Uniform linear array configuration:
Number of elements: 4
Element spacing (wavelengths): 0.25
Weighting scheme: cosine
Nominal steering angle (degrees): -60
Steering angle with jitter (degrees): -59.013
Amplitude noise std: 0.05
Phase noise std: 0.05

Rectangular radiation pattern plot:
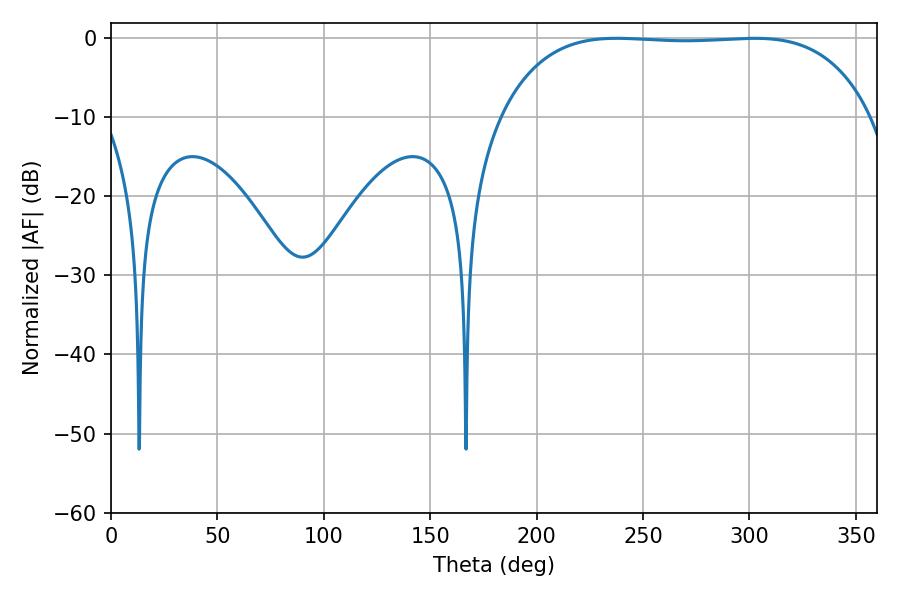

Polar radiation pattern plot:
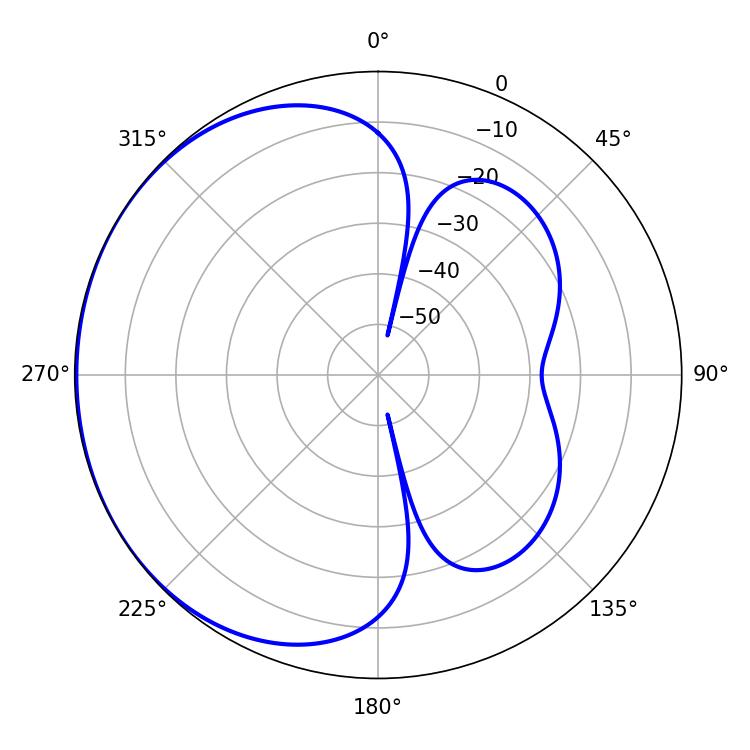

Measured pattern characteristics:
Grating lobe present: FALSE
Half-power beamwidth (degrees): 136.08
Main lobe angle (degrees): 237.6